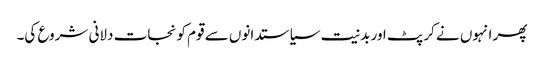
پھر انہوں نے کرپٹ اور بدنیت سیاستدانوں سے قوم کو نجات دلانی شروع کی۔